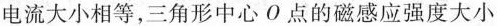
电流大小相等，三角形中心O点的磁感应强度大小